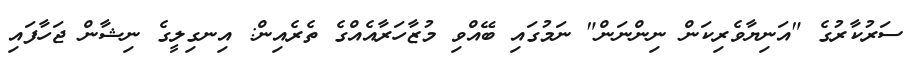
ސަރުކާރުގެ "އަނިޔާވެރިކަން ނިންނަން" ނަމުގައި ބޭއްވި މުޒާހަރާއެއްގެ ތެރެއިން: އިނގިލީގެ ނިޝާން ޖަހާފައި